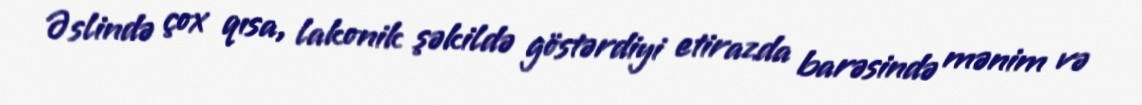
Əslində çox qısa, lakonik şəkildə göstərdiyi etirazda barəsində mənim və